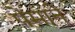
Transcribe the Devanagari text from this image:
पेमाने